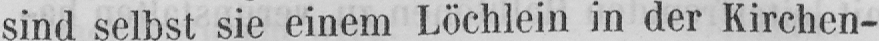
sind selbst sie einem Löchlein in der Kirchen-